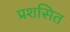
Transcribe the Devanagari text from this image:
प्रशसित